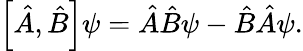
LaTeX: \left[{\hat{A}},{\hat{B}}\right]\psi={\hat{A}}{\hat{B}}\psi-{\hat{B}}{\hat{A}}\psi.